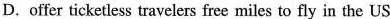
D. offer ticketless travelers free miles to fly in the US